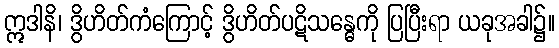
ဣဒါနိ၊ ဒွိဟိတ်ကံကြောင့် ဒွိဟိတ်ပဋိသန္ဓေကို ပြပြီးရာ ယခုအခါ၌။